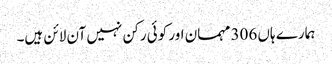
ہمارے ہاں 306 مہمان اور کوئی رکن نہیں آن لائن ہیں۔